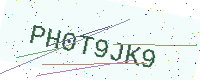
Text: PH0T9JK9